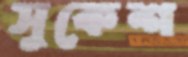
সুকেশ